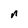
Character: n